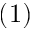
( 1 )